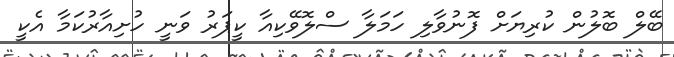
ބޭލް ބޮލުން ކުރިޔަށް ފޮނުވާލި ހަމަލާ ސްލޮވޭކިއާ ކީޕަރު ވަނީ ހުށިއާރުކަމާ އެކީ